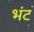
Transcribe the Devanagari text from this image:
भंट